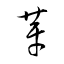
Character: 芽